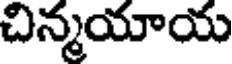
చిన్మయాయ